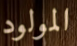
المولود